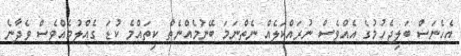
އެހެނަސް ބަލިޖެހުމުގެ އެއްވެސް ނުރައްކަލެއް ނެތްނަމަ ބޭނުމެއްނެތް ކިތައްމެ ކުޑަ ގެއްލުމެއްވެސް ވެދާނެ